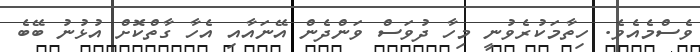
ވެސްމެއެވެ. ހިތާމަކުރެވުނީ މިހާ ދުވަސް ވަންދެން އޭނައާއި އެހާ ގާތްކޮށް އުޅުނު ބޭބެ